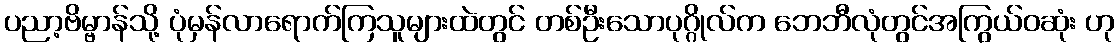
ပညာ့ဗိမ္ဗာန်သို့ ပုံမှန်လာရောက်ကြသူများထဲတွင် တစ်ဦးသောပုဂ္ဂိုလ်က ဘေဘီလုံတွင်အကြွယ်ဝဆုံး ဟု